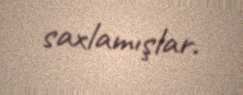
saxlamışlar.